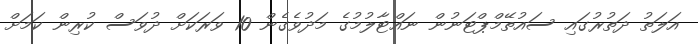
އަލަތު ދަތުރުގައި ސައުތޭމްޕްޓަނުން ނައްޓާލުމުގެ މަދުވެގެން 10 ވަރަކަށް ދުވަސް ކުރިން ކަމަށް